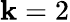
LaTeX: \mathbf{k}=2